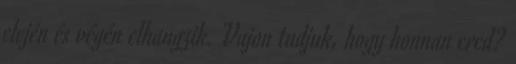
elején és végén elhangzik. Vajon tudjuk, hogy honnan ered?